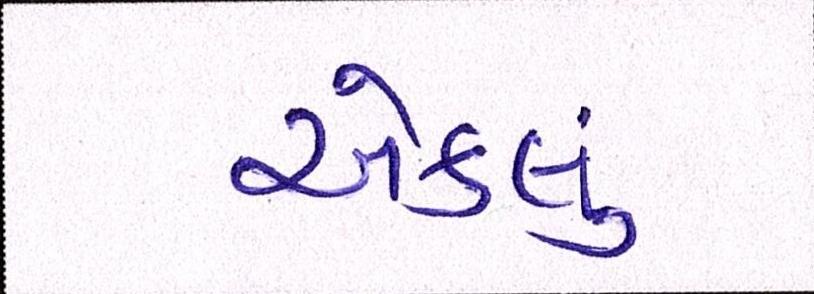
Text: એકલું